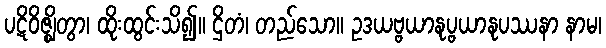
ပဋိဝိဇ္ဈိတွာ၊ ထိုးထွင်းသိ၍။ ဌိတံ၊ တည်သော။ ဥဒယဗ္ဗယာနုပ္ဗယာနုပဿနာ နာမ၊